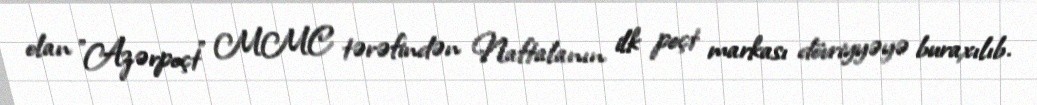
olan "Azərpoçt" MMC tərəfindən Naftalanın ilk poçt markası dövriyyəyə buraxılıb.